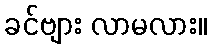
ခင်ဗျား လာမလား။